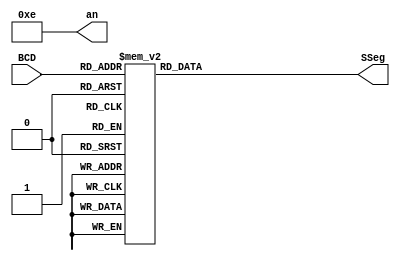
module BCDtoSSeg (BCD, SSeg, an);

  input [3:0] BCD;
  output reg [0:6] SSeg;
  output [3:0] an;

assign an=4'b1110;

//programacion para 7 segmentos de anodo comun
always @ ( * ) begin
  case (BCD)//Inicio de casos en orden decendente
   4'b0000: SSeg = 7'b0000001; // "0"  
	4'b0001: SSeg = 7'b1001111; // "1" 
	4'b0010: SSeg = 7'b0010010; // "2" 
	4'b0011: SSeg = 7'b0000110; // "3" 
	4'b0100: SSeg = 7'b1001100; // "4" 
	4'b0101: SSeg = 7'b0100100; // "5" 
	4'b0110: SSeg = 7'b0100000; // "6" 
	4'b0111: SSeg = 7'b0001111; // "7" 
	4'b1000: SSeg = 7'b0000000; // "8"  
	4'b1001: SSeg = 7'b0000100; // "9" 
	//paso de binario a hexa
   4'ha: SSeg = 7'b0001000;	//A
   4'hb: SSeg = 7'b1100000;	//B
   4'hc: SSeg = 7'b0110001;	//C
   4'hd: SSeg = 7'b1000010;	//D
   4'he: SSeg = 7'b0110000;	//E
   4'hf: SSeg = 7'b0111000;	//F
    default:
    SSeg = 0;
  endcase
end

endmodule